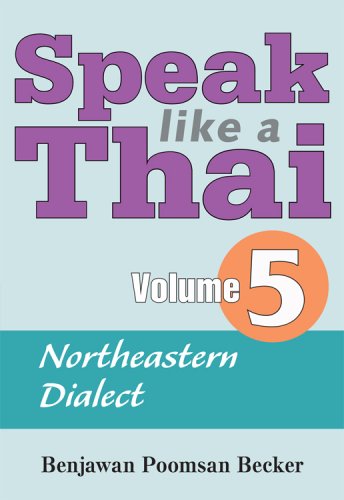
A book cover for Speak Like a Thai, Vol. 5: Northeastern Dialect; Benjawan Poomsan Becker; Travel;